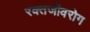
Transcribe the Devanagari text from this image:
रक्तजीवरोग